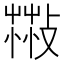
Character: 𦷻